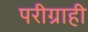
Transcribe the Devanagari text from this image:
परीग्राही